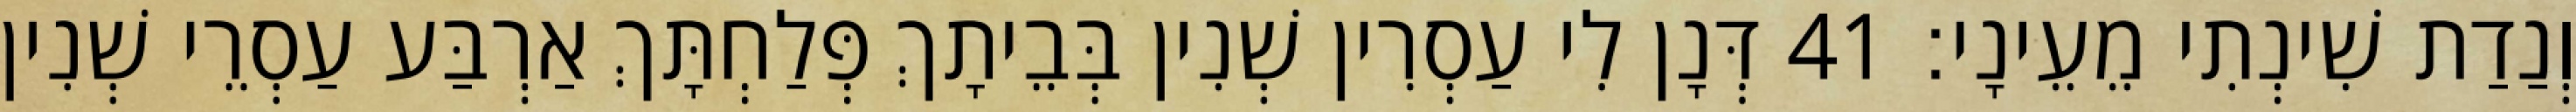
וְנַדַת שִׁינְתִי מֵעֵינָי׃ 41 דְּנָן לִי עַסְרִין שְׁנִין בְּבֵיתָךְ פְּלַחְתָּךְ אַרְבַּע עַסְרֵי שְׁנִין